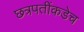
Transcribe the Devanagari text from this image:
छत्रपतींकडेच